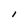
Character: I